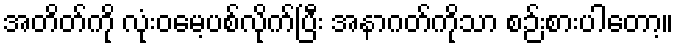
အတိတ်ကို လုံးဝမေ့ပစ်လိုက်ပြီး အနာဂတ်ကိုသာ စဉ်းစားပါတော့။